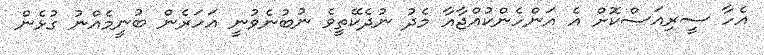
އެހާ ސީރިއަސްކޮށް އެ އަންހެންކުއްޖާއާ މެދު ނުދެކޭތީވެ ނުބުނެވުނީ އަހަރެން ބުނީމެއްނު ގުޅެން